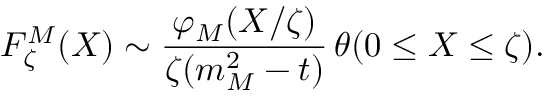
{ \cal F } _ { \zeta } ^ { M } ( X ) \sim \frac { \varphi _ { M } ( X / \zeta ) } { \zeta ( m _ { M } ^ { 2 } - t ) } \, \theta ( 0 \leq X \leq \zeta ) .